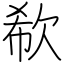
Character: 欷